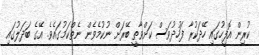
ކުރިން އޮފީހުގައި ހޭދަކުރާ ފަހުދުވަސް ކަށްވާތީ ބޭރަށް ނުކުމެވެން ނެތްކަމުގައެވެ. އޭގެ ބަދަލުގައި